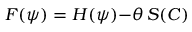
\cal { F } ( \psi ) = H ( \psi ) { - } \theta \, S ( \cal { C } )